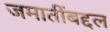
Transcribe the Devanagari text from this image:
जमातींबद्दल